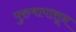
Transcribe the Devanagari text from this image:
पुरुषापासून